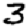
Digit: 3